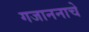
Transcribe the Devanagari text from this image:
गजाननाचे